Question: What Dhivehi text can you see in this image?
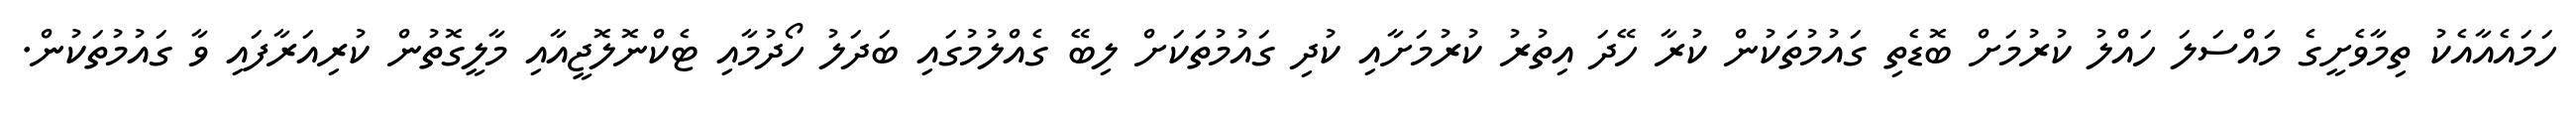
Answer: ހަމައެއާއެކު ތިމާވެށީގެ މައްސަލަ ހައްލު ކުރުމަށް ބޮޑެތި ގައުމުތަކުން ކުރާ ހޭދަ އިތުރު ކުރުމަށާއި ކުދި ގައުމުތަކަށް ލިބޭ ގެއްލުމުގައި ބަދަލު ހޯދުމާއި ޓެކްނޮލޮޖީއާއި މާލީގޮތުން ކުރިއަރާފައި ވާ ގައުމުތަކުން.